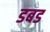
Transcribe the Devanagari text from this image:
डबड